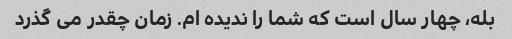
بله، چهار سال است که شما را ندیده ام. زمان چقدر می گذرد